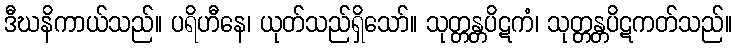
ဒီဃနိကာယ်သည်။ ပရိဟီနေ၊ ယုတ်သည်ရှိသော်။ သုတ္တန္တပိဋကံ၊ သုတ္တန္တပိဋကတ်သည်။